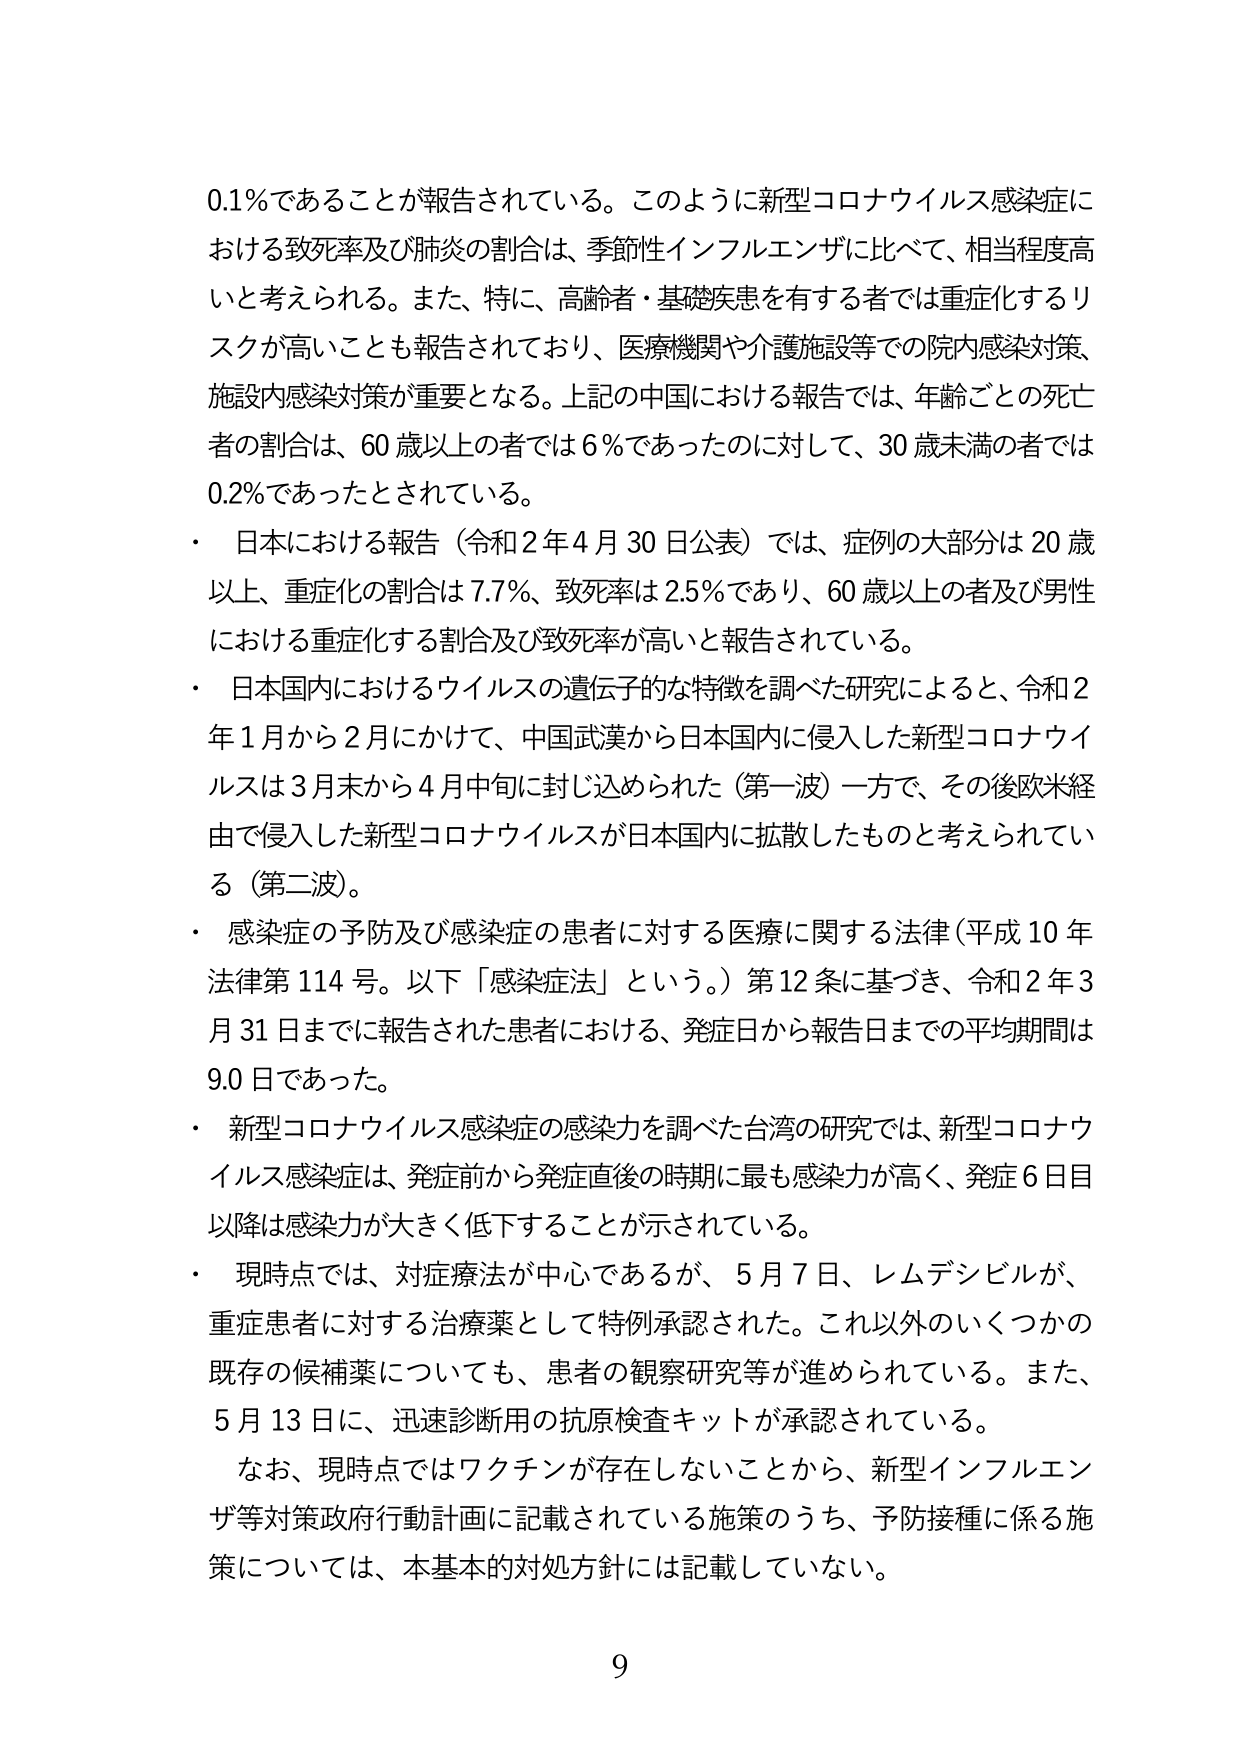
0.1％であることが報告されている。このように新型コロナウイルス感染症における致死率及び肺炎の割合は、季節性インフルエンザに比べて、相当程度高いと考えられる。また、特に、高齢者・基礎疾患を有する者では重症化するリスクが高いことも報告されており、医療機関や介護施設等での院内感染対策、施設内感染対策が重要となる。上記の中国における報告では、年齢ごとの死亡者の割合は、60歳以上の者では6％であったのに対して、30歳未満の者では0.2％であったとされている。

・ 日本における報告（令和2年4月30日公表）では、症例の大部分は20歳以上、重症化の割合は7.7％、致死率は2.5％であり、60歳以上の者及び男性における重症化する割合及び致死率が高いと報告されている。

・ 日本国内におけるウイルスの遺伝子的な特徴を調べた研究によると、令和2年1月から2月にかけて、中国武漢から日本国内に侵入した新型コロナウイルスは3月末から4月中旬に封じ込められた（第一波）一方で、その後欧米経由で侵入した新型コロナウイルスが日本国内に拡散したものと考えられている（第二波）。

・ 感染症の予防及び感染症の患者に対する医療に関する法律（平成10年法律第114号。以下「感染症法」という。）第12条に基づき、令和2年3月31日までに報告された患者における、発症日から報告日までの平均期間は9.0日であった。

・ 新型コロナウイルス感染症の感染力を調べた台湾の研究では、新型コロナウイルス感染症は、発症前から発症直後の時期に最も感染力が高く、発症6日目以降は感染力が大きく低下することが示されている。

・ 現時点では、対症療法が中心であるが、5月7日、レムデシビルが、重症患者に対する治療薬として特例承認された。これ以外のいくつかの既存の候補薬についても、患者の観察研究等が進められている。また、5月13日に、迅速診断用の抗原検査キットが承認されている。

　なお、現時点ではワクチンが存在しないことから、新型インフルエンザ等対策政府行動計画に記載されている施策のうち、予防接種に係る施策については、本基本的対処方針には記載していない。

9